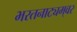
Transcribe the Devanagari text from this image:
भरतनाट्यम्‌वर